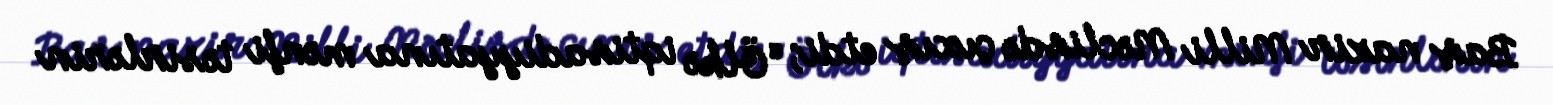
Baş nazir Milli Məclisdə çıxış etdi; “Ölkə iqtisadiyyatına mənfi təsirlərin